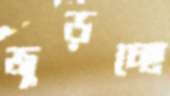
জুড়চ্ছে